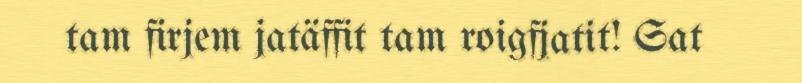
tam firjem jatäffit tam roigfjatit! Sat